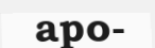
apo-